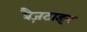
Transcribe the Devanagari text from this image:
बैज़टाइन